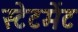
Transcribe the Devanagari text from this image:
स्‍टेटमेंट